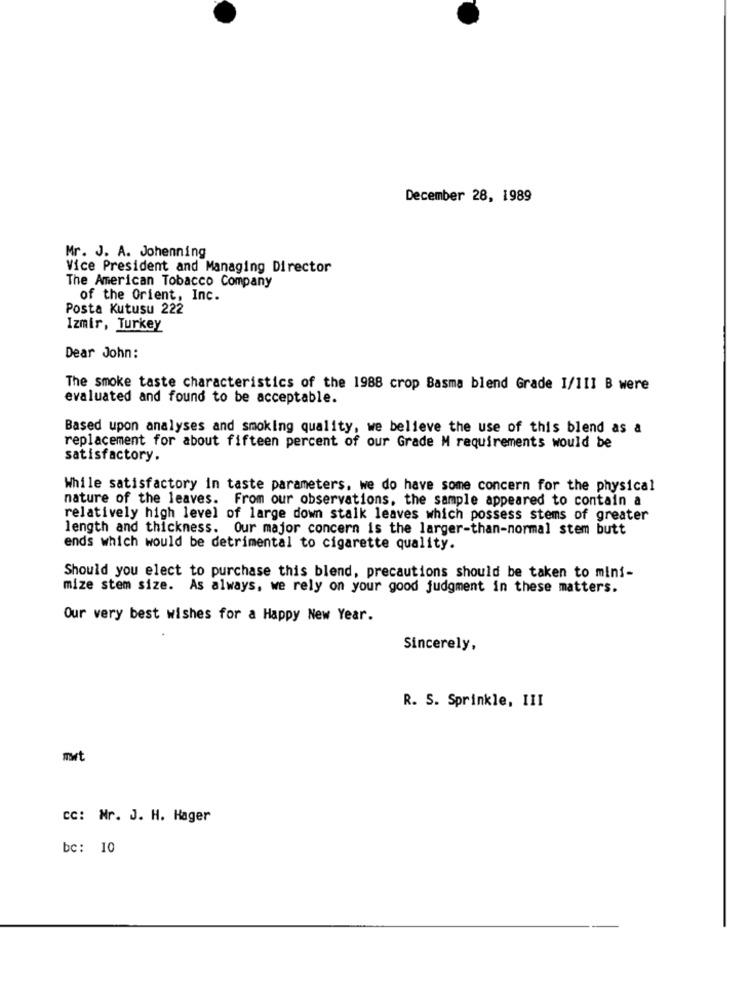
December 28, 1989
Mr. J. A. Johenning
Vice President and Managing Director
The American Tobacco Company
of the Orient, Inc.
Posta Kutusu 222
Izmir, Turkey
Dear John:
The smoke taste characteristics of the 1988 crop Basma blend Grade I/III B were
evaluated and found to be acceptable.
Based upon analyses and smoking quality, we believe the use of this blend as a
replacement for about fifteen percent of our Grade M requirements would be
satisfactory.
While satisfactory in taste parameters, we do have some concern for the physical
nature of the leaves. From our observations, the sample appeared to contain a
relatively high level of large down stalk leaves which possess stems of greater
length and thickness. Our major concern is the larger-than-normal stem butt
ends which would be detrimental to cigarette quality.
Should you elect to purchase this blend, precautions should be taken to mini-
mize stem size. As always, we rely on your good judgment in these matters.
Our very best wishes for a Happy New Year.
Sincerely,
R. S. Sprinkle, III
mrt
CC: Mr. J. H. Hager
bc: 10